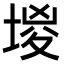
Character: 堫